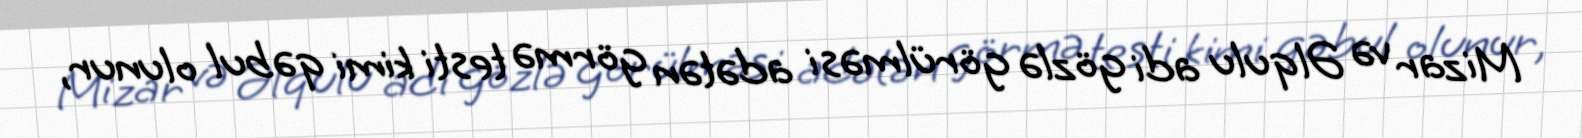
Mizar və Əlqulu adi gözlə görülməsi adətən görmə testi kimi qəbul olunur,